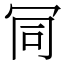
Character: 𠖄